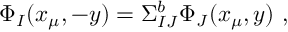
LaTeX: \Phi _ { I } ( x _ { \mu } , - y ) = \Sigma _ { I J } ^ { b } \Phi _ { J } ( x _ { \mu } , y ) ~ ,